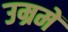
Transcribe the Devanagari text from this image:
उम्रमें